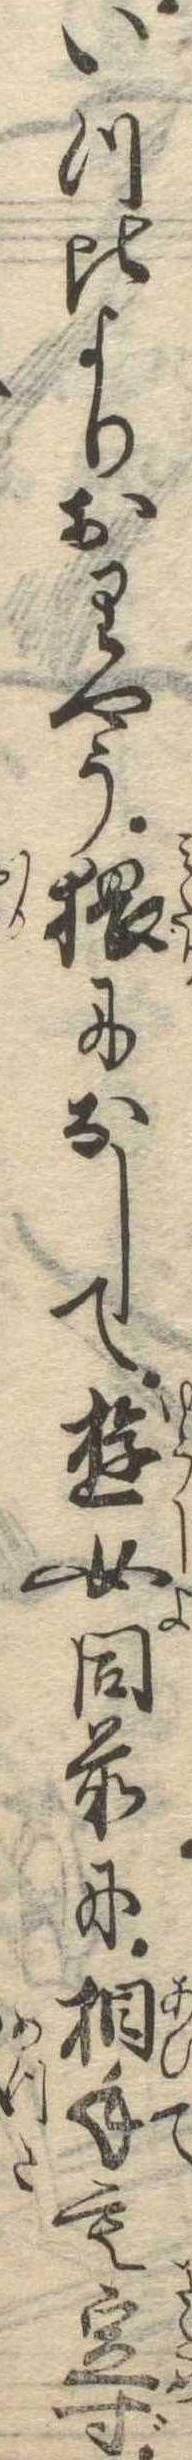
いつ比よりおりやう猥になして遊女同前に相手も定ず